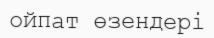
ойпат өзендері